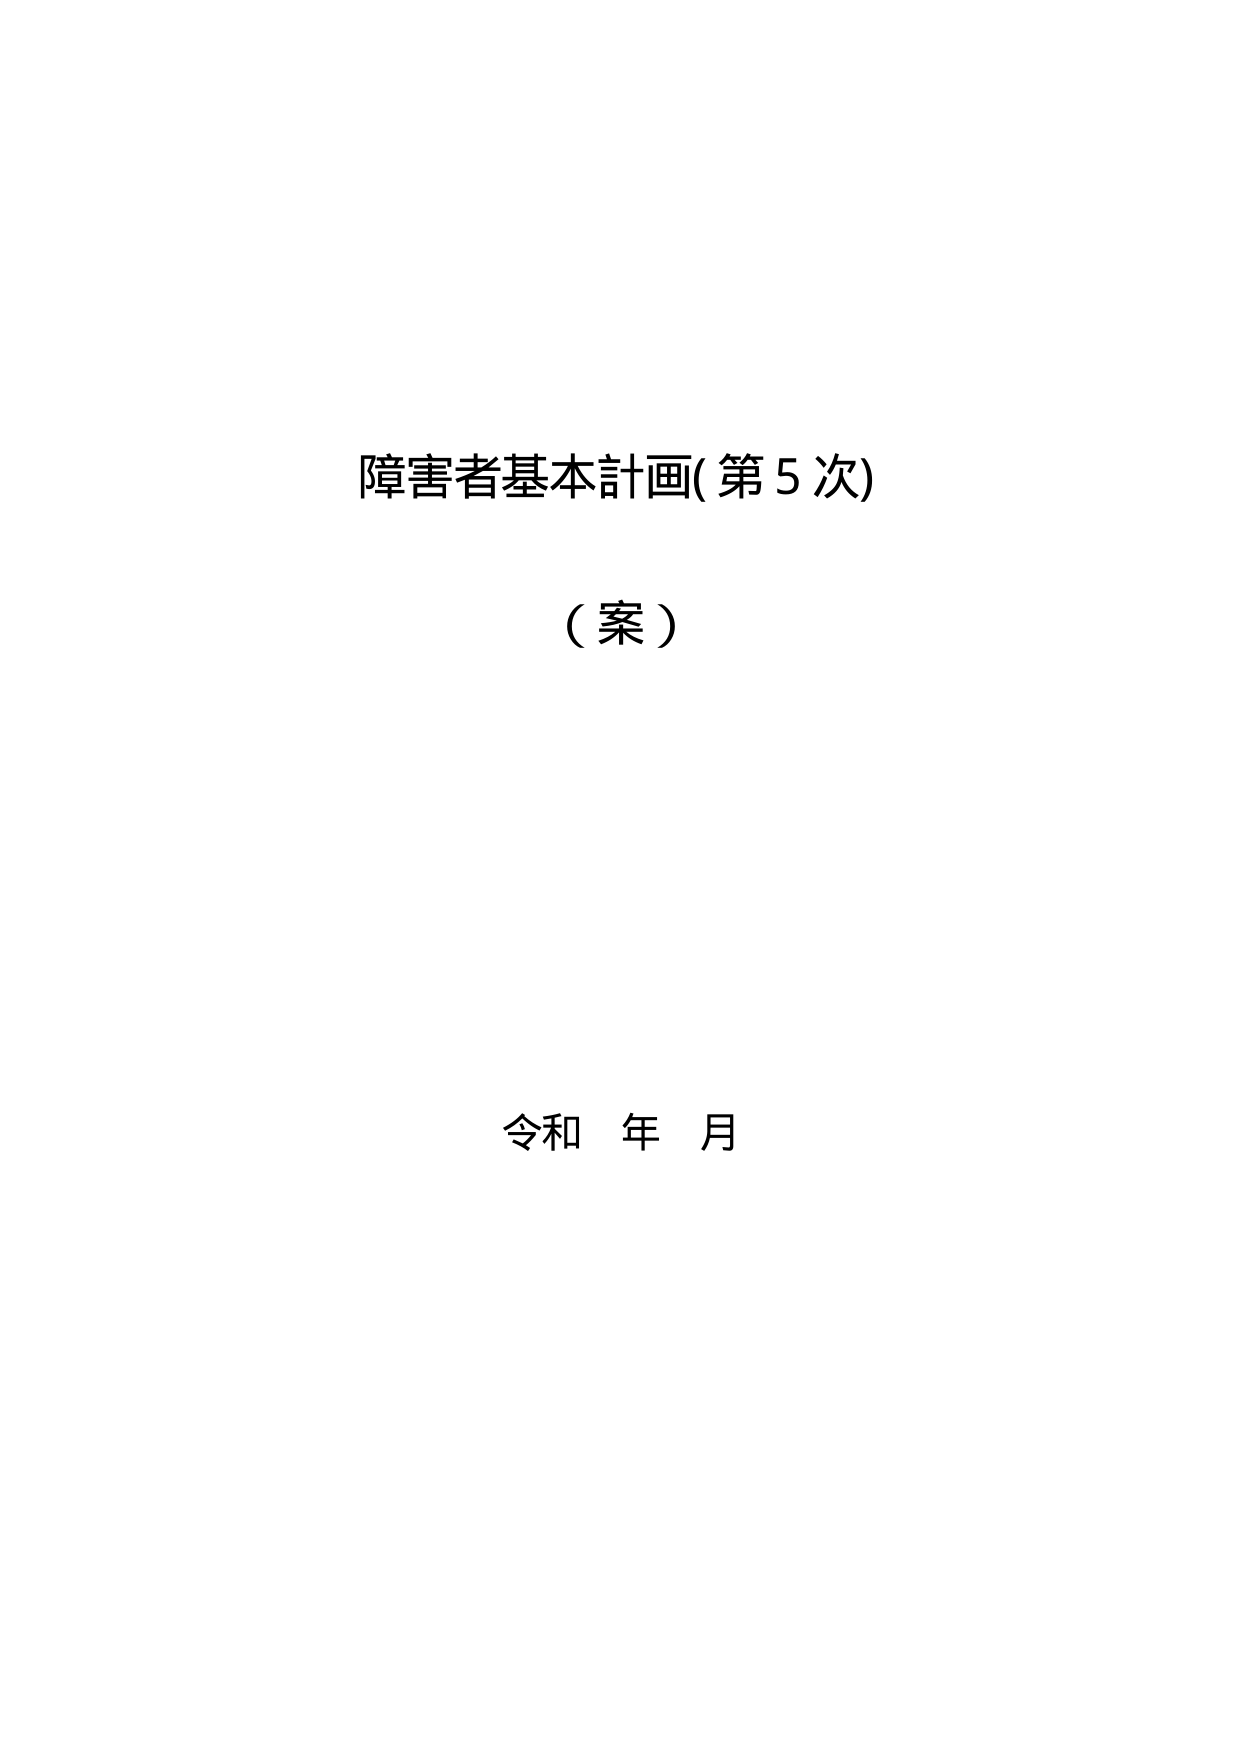
障害者基本計画(第5次)
（案）
令和 年 月